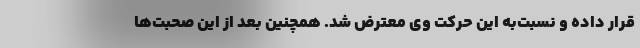
قرار داده و نسبت‌به این حرکت وی معترض شد. همچنین بعد از این صحبت‌ها